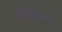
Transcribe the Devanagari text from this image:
संगीतप्रकारांपासून